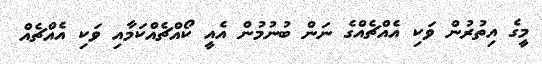
މީގެ އިތުރުން ވަކި އެއްޗެއްގެ ނަން ބުނުމުން އެއީ ކޯއްޗެއްކަމާއި ވަކި އެއްޗެއް